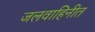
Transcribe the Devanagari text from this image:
जलवाहिनीत